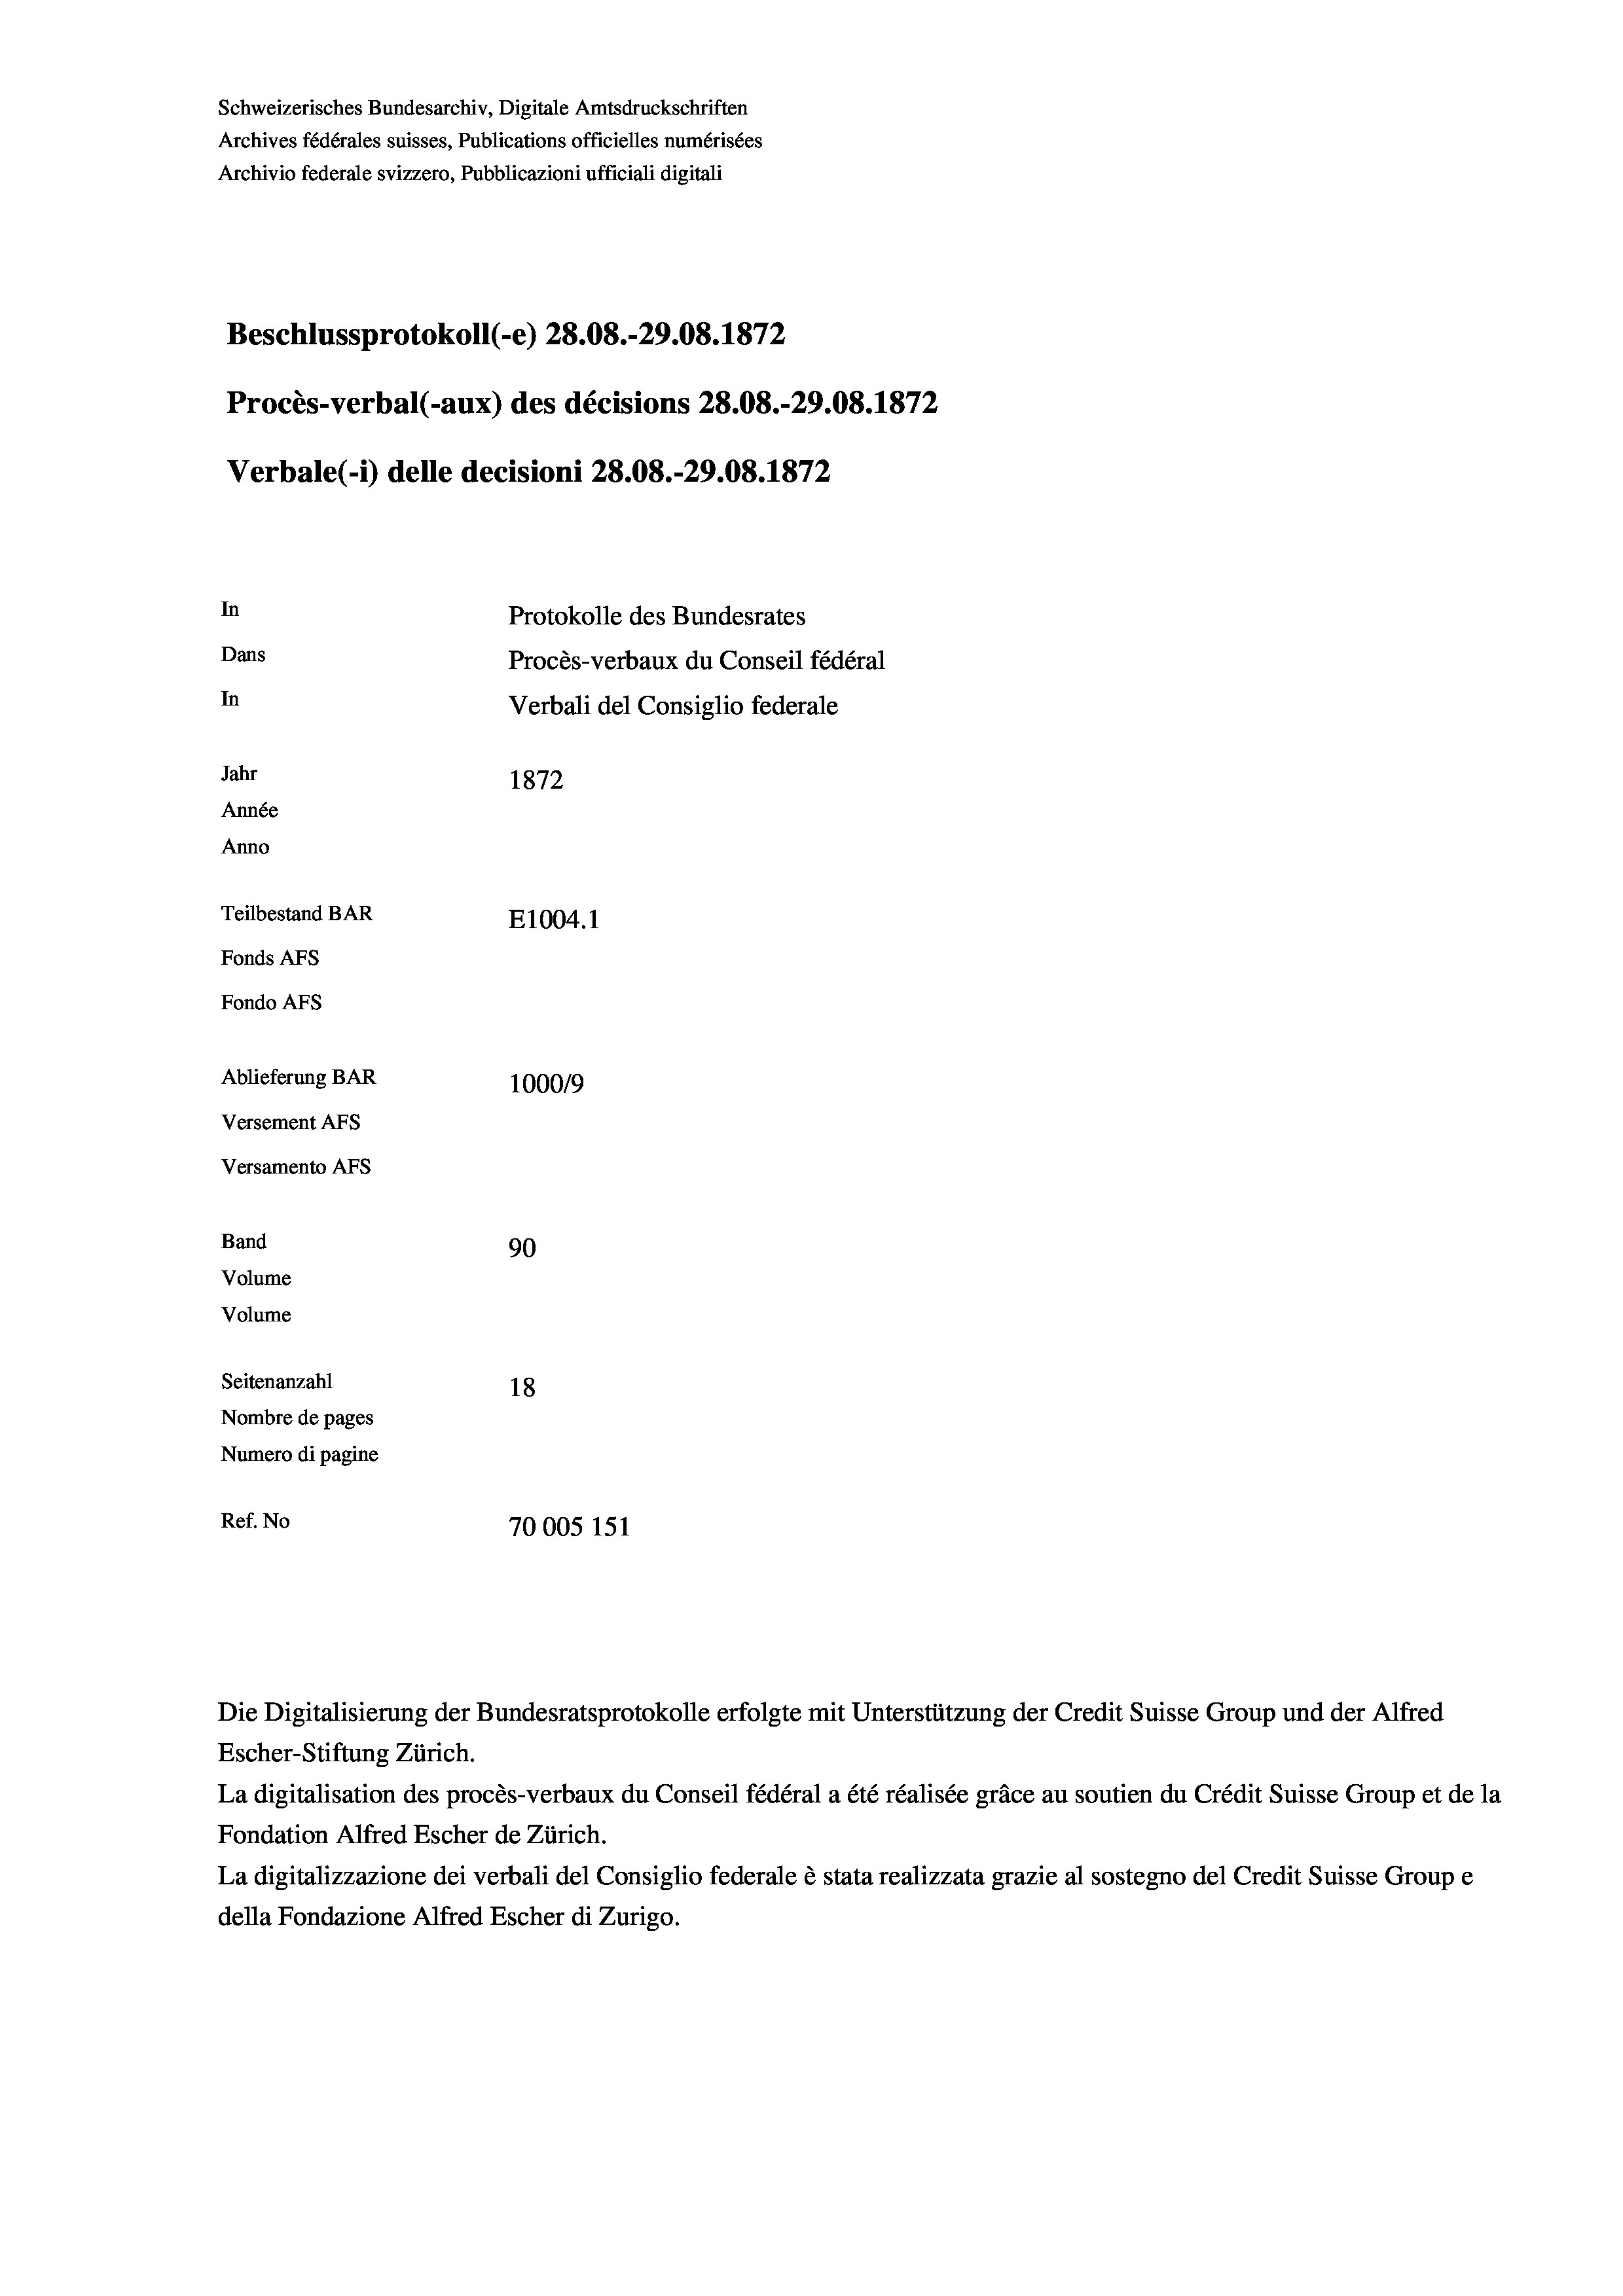
Schweizerisches Bundesarchiv, Digitale Amtsdruckschriften
Archives fédérales suisses, Publications officielles numérisées
Archivio federale svizzero, Pubblicazioni ufficiali digitali
Beschlussprotokoll (e) 28.08.-29.08. 1872
Procès-verbal (-aux) des décisions 28.08.-29.08. 1872
Verbale (- 1) delle decisioni 28.08.-29.08. 1872
In
Protokolle des Bundesrates
Dans
Procès-verbaux du Conseil fédéral
In
Verbali del Consiglio federale
Jahr
1872
Année
Anno
Teilbestand BAR
E1004. 1
Fonds AFs
Fondo Afs
Ablieferung BAR
100019
Versement AFs
Versamento AFs
Band
90
Volume
Volume
Seitenanzahl
18
Nombre de pages
Numero di pagine
Ref. No
70005 151

Escher-Stiftung Zürich.
La digitalisation des procès-verbaux du Conseil fédéral a été réalisée gräce au soutien du Crédit Suisse Group et de la
Fondation Alfred Escher de Zürich.
La digitalizzazione dei verbali del Consiglio federale è stata realizzata grazie al sostegno del Credit Suisse Groupe
della Fondazione Alfred Escher di Zurigo.

Die Digitalisierung der Bundesratsprotokolle erfolgte mit Unterstützung der Credit Suisse Group und der Alfred